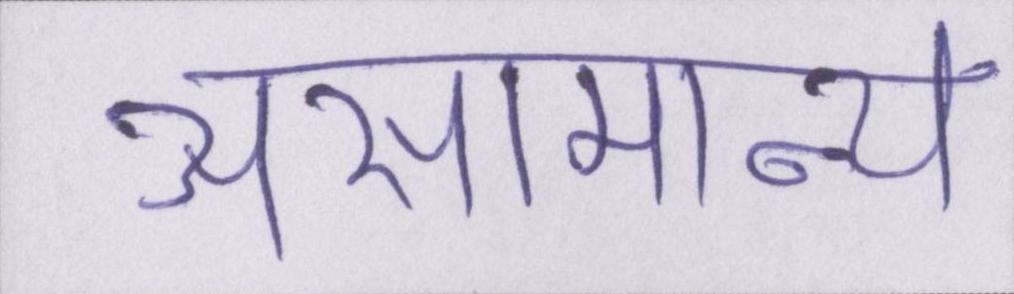
असामान्य